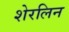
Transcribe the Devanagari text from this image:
शेरलिन